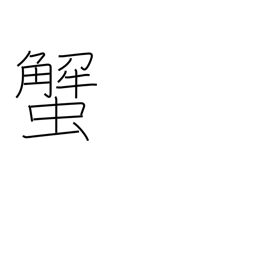
Meaning: crab